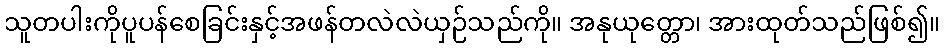
သူတပါးကိုပူပန်စေခြင်းနှင့်အဖန်တလဲလဲယှဉ်သည်ကို။ အနုယုတ္တော၊ အားထုတ်သည်ဖြစ်၍။